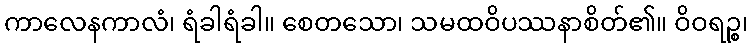
ကာလေနကာလံ၊ ရံခါရံခါ။ စေတသော၊ သမထဝိပဿနာစိတ်၏။ ဝိဝရဉ္စ၊